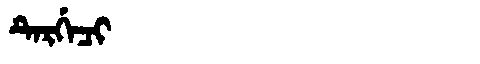
Manchu: ᡨᡝᡵᡤᡝᠴᡳ
Romanization: TERGECI